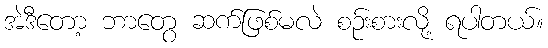
အဲဒီတော့ ဘာတွေ ဆက်ဖြစ်မလဲ စဉ်းစားလို့ ရပါတယ်။